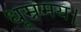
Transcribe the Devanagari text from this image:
धूम्रमय।